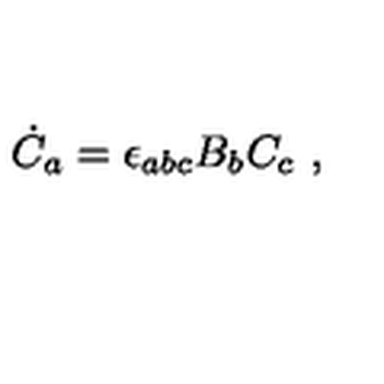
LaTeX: { \dot { C } } _ { a } = \epsilon _ { a b c } B _ { b } C _ { c } \ ,